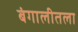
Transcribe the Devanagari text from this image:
बंगालीतला